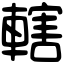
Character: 轄